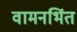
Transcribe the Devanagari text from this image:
वामनभिंत